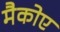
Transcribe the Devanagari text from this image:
मैकोए